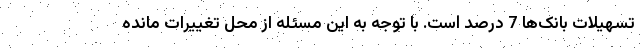
تسهیلات بانک‌ها 7 درصد است. با توجه به این مسئله از محل تغییرات مانده